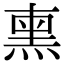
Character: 𭵜